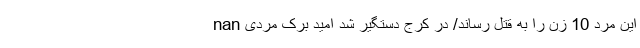
nan این مرد 10 زن را به قتل رساند/ در کرج دستگیر شد امید برک مردی